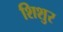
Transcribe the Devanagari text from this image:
शिशुर